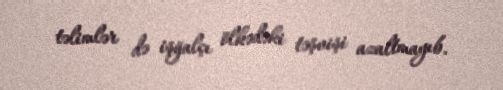
təlimlər də işğalçı ölkədəki təşvişi azaltmayıb.